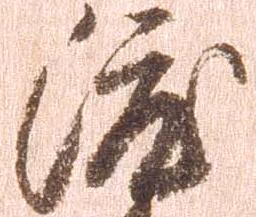
渡